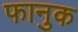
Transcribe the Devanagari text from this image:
फानुक